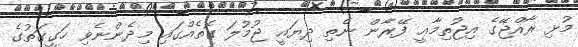
މުޅި ރާއްޖޭގެ އިޖުތިމާޢީ ފޭރާން ނެތި ދިޔައީ ޖުމުލަ ގޮތެއްގައި މިދެންނެވި ހަގީގަތުގެ